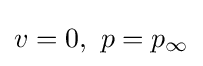
v=0,\ p=p_{\infty }